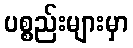
ပစ္စည်းများမှာ